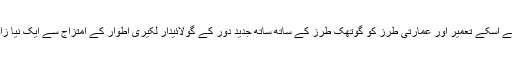
گودی نے اسکے تعمیر اور عمارتی طرز کو گوتھک طرز کے ساتھ ساتھ جدید دور کے گولائیدار لکیری اطوار کے امتزاج سے ایک نیا زاویہ دیا۔